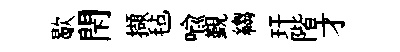
歇閇擷毡喩覲縐玕階才